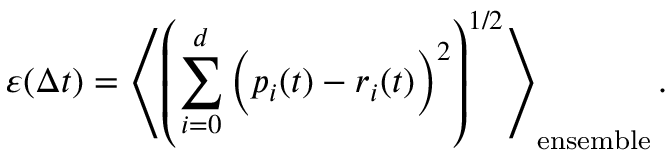
\varepsilon ( \Delta t ) = \left\langle \left( \sum _ { i = 0 } ^ { d } \Big ( p _ { i } ( t ) - r _ { i } ( t ) \Big ) ^ { 2 } \right) ^ { 1 / 2 } \right\rangle _ { \mathrm { { e n s e m b l e } } } .